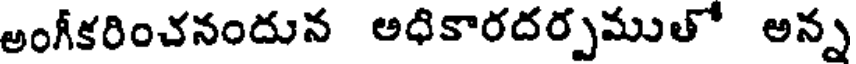
అంగీకరించనందున అధికారదర్పముతో అన్న